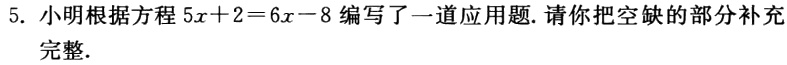
5. 小明根据方程\(5x + 2 = 6x - 8\)编写了一道应用题. 请你把空缺的部分补充完整.